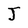
Character: J